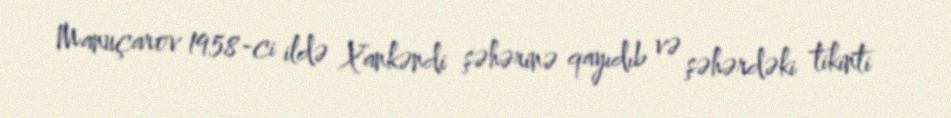
Manuçarov 1958-ci ildə Xankəndi şəhərinə qayıdıb və şəhərdəki tikinti